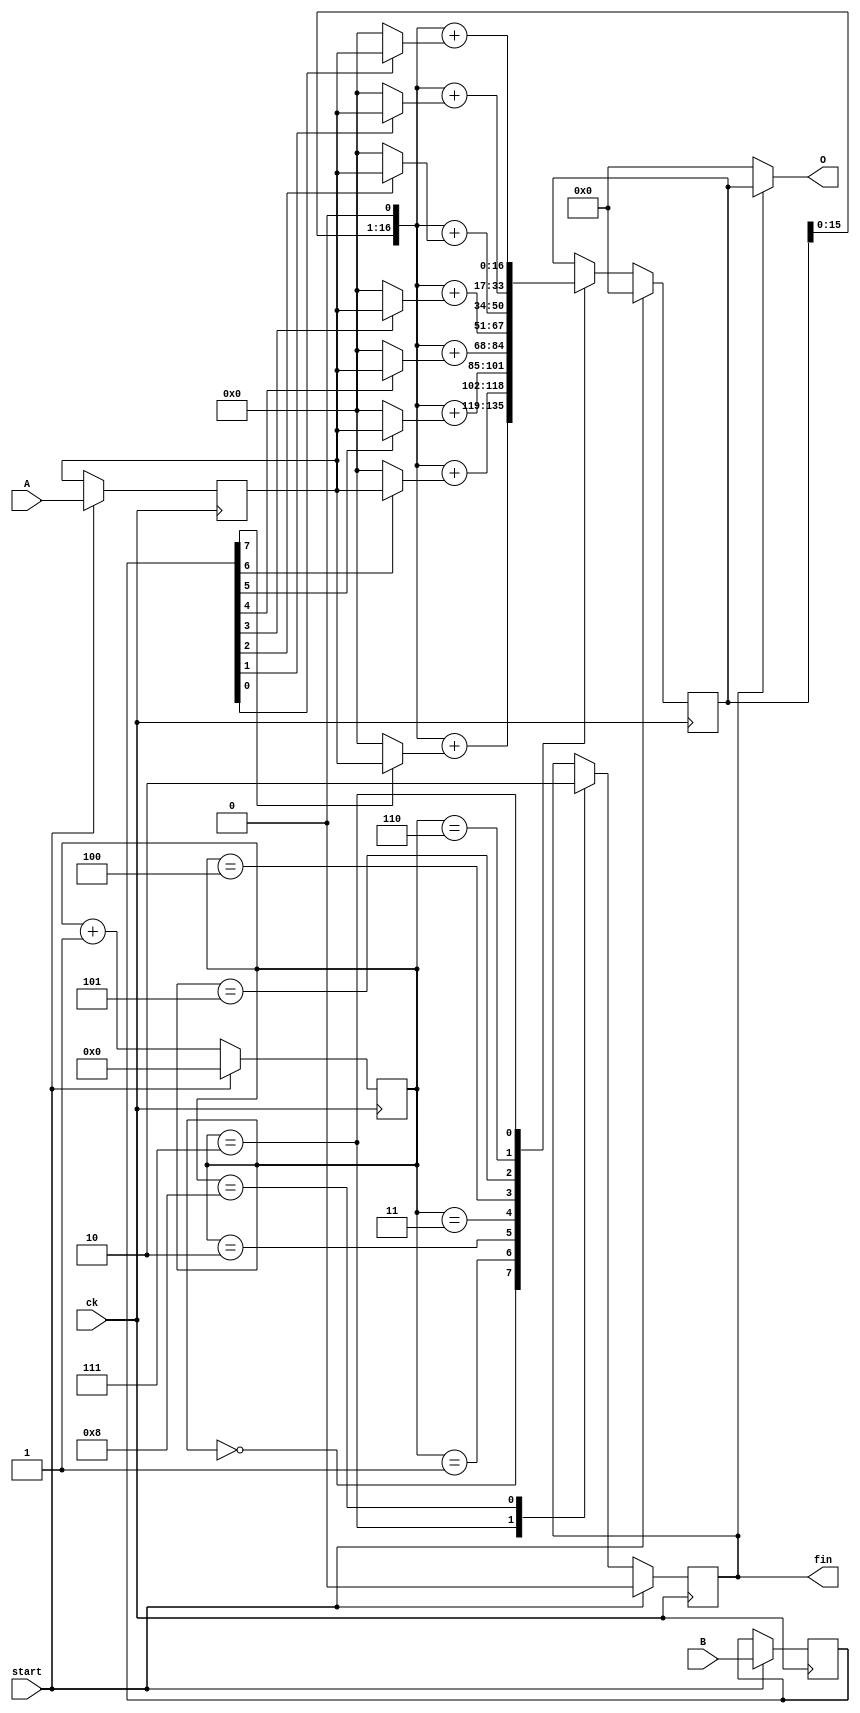
module mul(A, B, O, ck, start, fin);
  input [7:0] A, B;
  input ck, start;
  output [16:0] O;
  output fin;

  reg [3:0] st;
  reg [7:0] ain, bin;
  reg [16:0] o, y;
  reg fin;

  assign O = (fin == 1 ? y : 'b0);

  always @(posedge ck) begin
    if (start == 1) begin
      st <= 0;
      fin <= 0;
      ain <= A;
      bin <= B;
      y <= 0;
    end
    else begin
      case (st)
        0: y <= (y << 1) + (bin[7] == 1 ? ain : 0);
        1: y <= (y << 1) + (bin[6] == 1 ? ain : 0);
        2: y <= (y << 1) + (bin[5] == 1 ? ain : 0);
        3: y <= (y << 1) + (bin[4] == 1 ? ain : 0);
        4: y <= (y << 1) + (bin[3] == 1 ? ain : 0);
        5: y <= (y << 1) + (bin[2] == 1 ? ain : 0);
        6: y <= (y << 1) + (bin[1] == 1 ? ain : 0);
        7: begin
          y <= (y << 1) + (bin[0] == 1 ? ain : 0);
          fin <= 1;
        end
        8: fin <= 0;
      endcase
      st <= st + 1;
    end
  end
endmodule